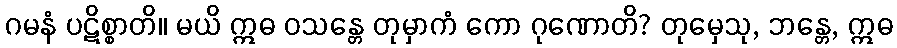
ဂမနံ ပဋိစ္စာတိ။ မယိ ဣဓ ဝသန္တေ တုမှာကံ ကော ဂုဏောတိ? တုမှေသု, ဘန္တေ, ဣဓ